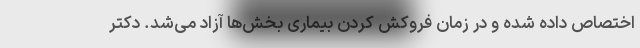
اختصاص داده شده و در زمان فروکش کردن بیماری بخش‌ها آزاد می‌شد. دکتر